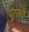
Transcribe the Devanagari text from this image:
पुरातची